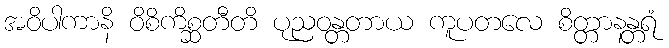
အဝိပါကာနိ ဝိစိကိစ္ဆတီတိ ပုညဝန္တတာယ ကူပတလေ စိတ္တာနန္တရံ